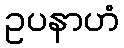
ဥပနာဟံ